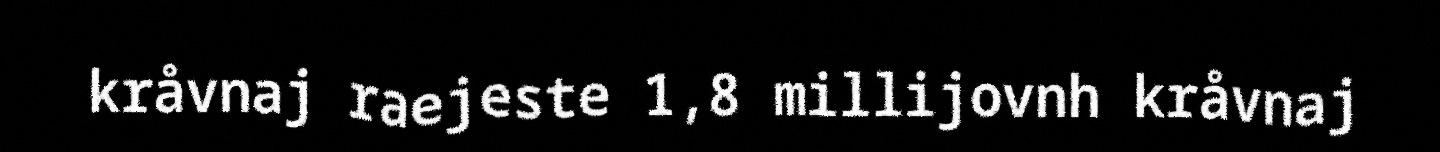
kråvnaj raejeste 1,8 millijovnh kråvnaj